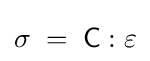
\mathbf {\sigma } \;=\;{\mathsf {C}}:\mathbf {\varepsilon }